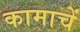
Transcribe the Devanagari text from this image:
कामाचें